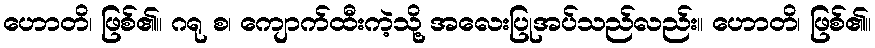
ဟောတိ၊ ဖြစ်၏။ ဂရု စ၊ ကျောက်ထီးကဲ့သို့ အလေးပြုအပ်သည်လည်း။ ဟောတိ၊ ဖြစ်၏။